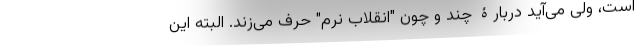
است، ولی می‌آید دربارۀ چند و چون "انقلاب نرم" حرف می‌زند. البته این